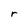
Character: r